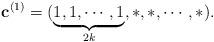
LaTeX: \begin{align*}\mathbf{c}^{(1)}=(\underbrace{1,1,\cdots,1}_{2k},\ast,\ast,\cdots,\ast).\end{align*}